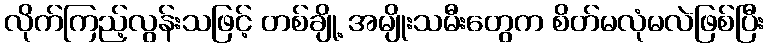
လိုက်ကြည့်လွန်းသဖြင့် တစ်ချို့ အမျိုးသမီးတွေက စိတ်မလုံမလဲဖြစ်ပြီး